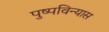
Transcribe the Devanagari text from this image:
पुष्पविन्यास